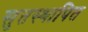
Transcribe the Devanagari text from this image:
सुतस्थापित